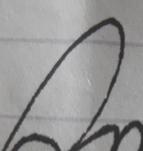
Signature authenticity: forged